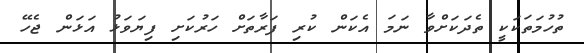
ތުހުމަތަކަކީ ތެދަކަށްވާ ނަމަ އެކަން ކުރި ފަރާތަށް ހަރުކަށި ފިޔަވަޅު އަޅަން ޖެހޭ